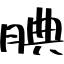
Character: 腆